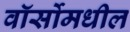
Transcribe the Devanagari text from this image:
वॉर्सोमधील